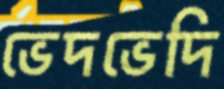
ভেদভেদি